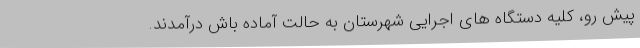
پیش رو، کلیه دستگاه های اجرایی شهرستان به حالت آماده باش درآمدند.